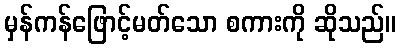
မှန်ကန်ဖြောင့်မတ်သော စကားကို ဆိုသည်။